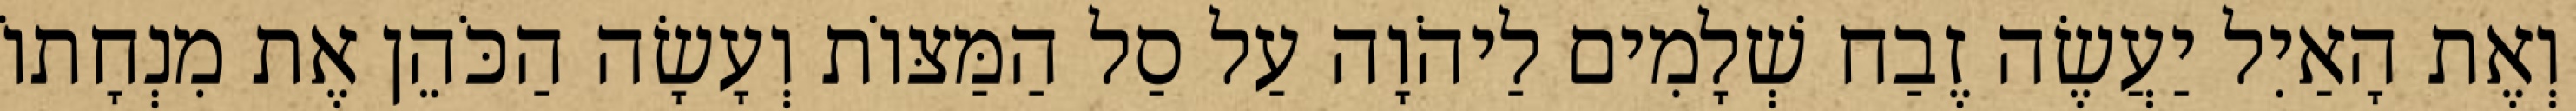
וְאֶת הָאַיִל יַעֲשֶׂה זֶבַח שְׁלָמִים לַיהֹוָה עַל סַל הַמַּצּוֹת וְעָשָׂה הַכֹּהֵן אֶת מִנְחָתוֹ